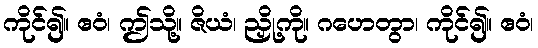
ကိုင်၍။ ဧဝံ၊ ဤသို့။ ဇိယံ၊ ညှို့ကို။ ဂဟေတွာ၊ ကိုင်၍။ ဧဝံ၊